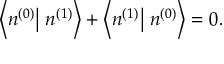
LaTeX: \left\langle n ^ { ( 0 ) } \right| \left. n ^ { ( 1 ) } \right\rangle + \left\langle n ^ { ( 1 ) } \right| \left. n ^ { ( 0 ) } \right\rangle = 0 .